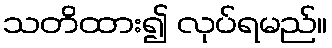
သတိထား၍ လုပ်ရမည်။